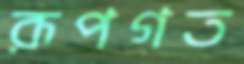
রূপগত